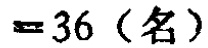
$=36 \text{（名）}$